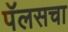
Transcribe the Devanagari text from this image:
पॅलसचा